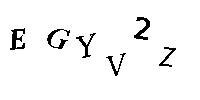
EGYV2Z